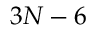
3 N - 6